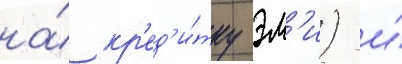
на́ кр'ед'и́тку эм'и) и́